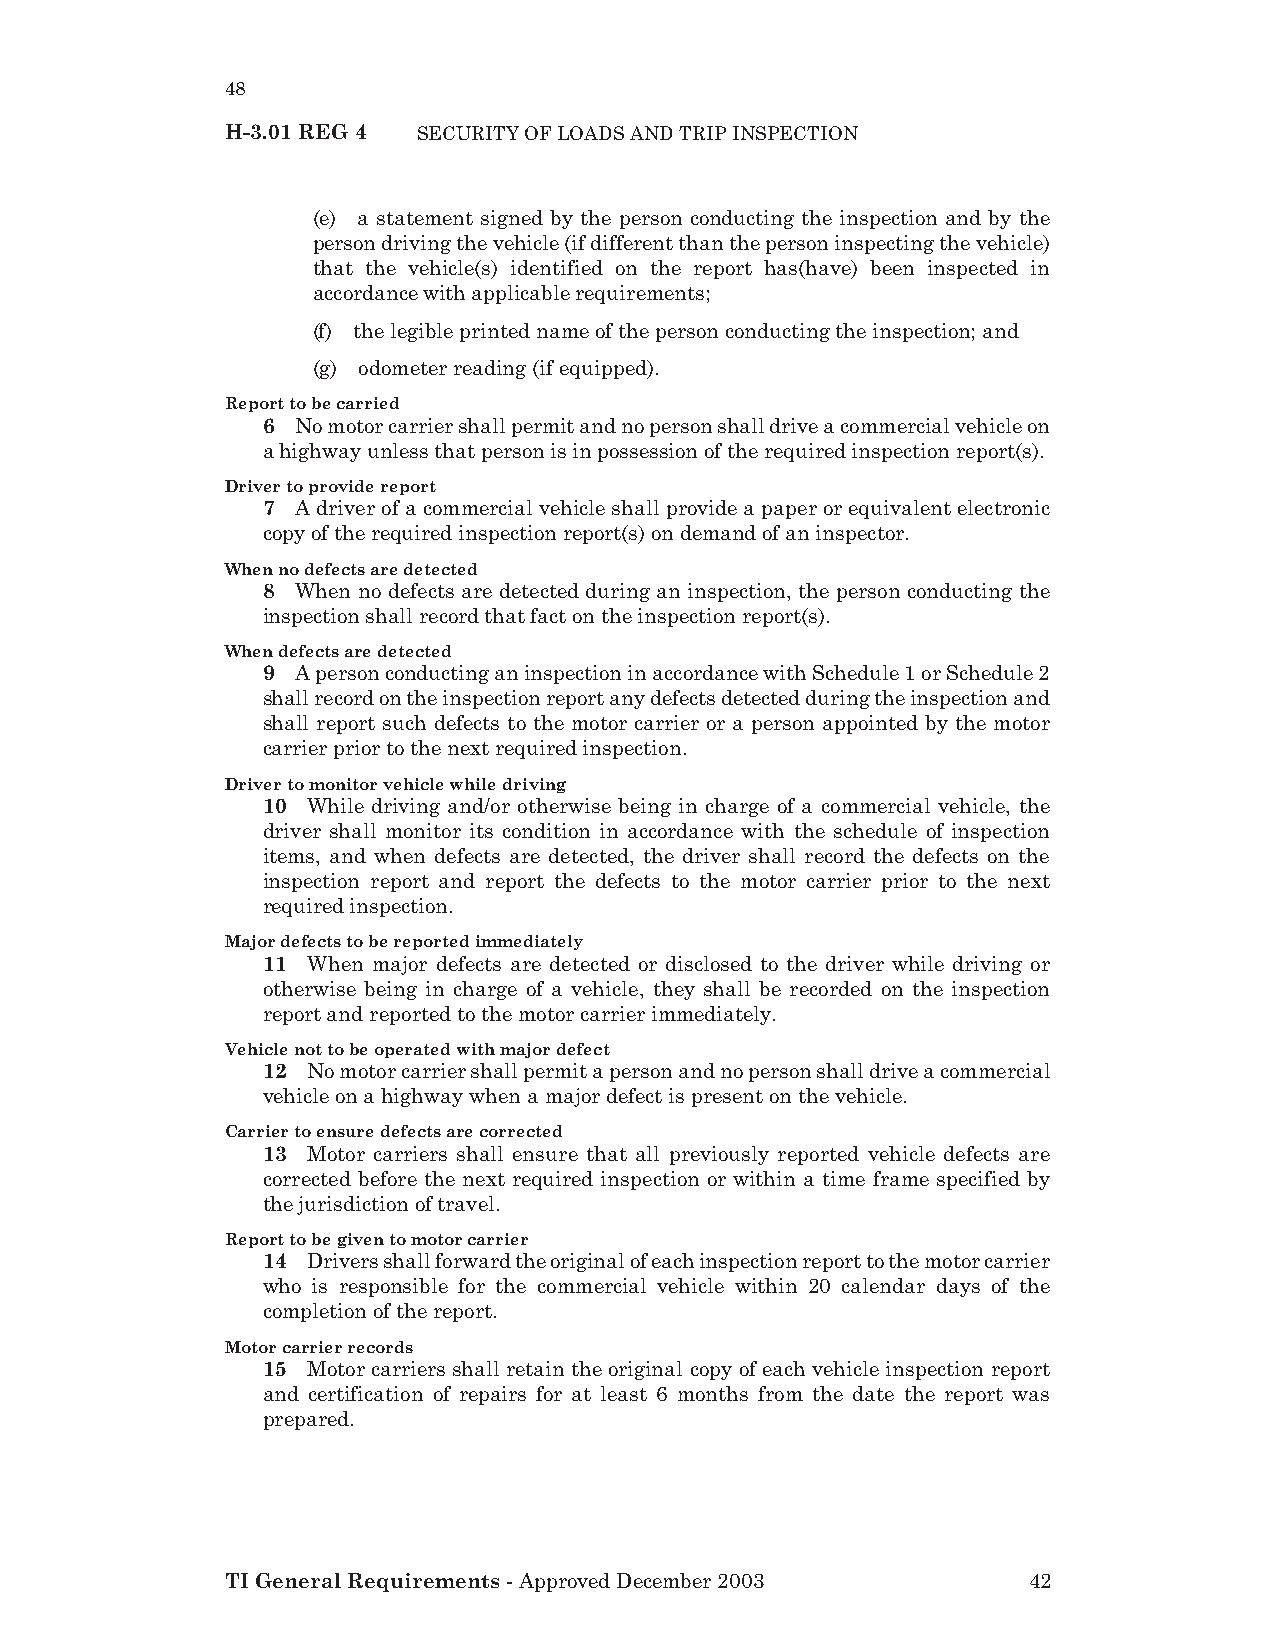
48
 H-3.01 REG 4 SECURITY OF LOADS AND TRIP INSPECTION
 (e) a statement signed by the person conducting the inspection and by the
 person driving the vehicle (if different than the person inspecting the vehicle)
 that the vehicle(s) identified on the report has(have) been inspected in
 accordance with applicable requirements;
 (f) the legible printed name of the person conducting the inspection; and
 (g) odometer reading (if equipped).
 Report to be carried
 6  No motor carrier shall permit and no person shall drive a commercial vehicle on
 a highway unless that person is in possession of the required inspection report(s).
 Driver to provide report
 7  A driver of a commercial vehicle shall provide a paper or equivalent electronic
 copy of the required inspection report(s) on demand of an inspector.
 When no defects are detected
 8  When no defects are detected during an inspection, the person conducting the
 inspection shall record that fact on the inspection report(s).
 When defects are detected
 9  A person conducting an inspection in accordance with Schedule 1 or Schedule 2
 shall record on the inspection report any defects detected during the inspection and
 shall report such defects to the motor carrier or a person appointed by the motor
 carrier prior to the next required inspection.
 Driver to monitor vehicle while driving
 10 While driving and/or otherwise being in charge of a commercial vehicle, the
 driver shall monitor its condition in accordance with the schedule of inspection
 items, and when defects are detected, the driver shall record the defects on the
 inspection report and report the defects to the motor carrier prior to the next
 required inspection.
 Major defects to be reported immediately
 11 When major defects are detected or disclosed to the driver while driving or
 otherwise being in charge of a vehicle, they shall be recorded on the inspection
 report and reported to the motor carrier immediately.
 Vehicle not to be operated with major defect
 12 No motor carrier shall permit a person and no person shall drive a commercial
 vehicle on a highway when a major defect is present on the vehicle.
 Carrier to ensure defects are corrected
 13 Motor carriers shall ensure that all previously reported vehicle defects are
 corrected before the next required inspection or within a time frame specified by
 the jurisdiction of travel.
 Report to be given to motor carrier
 14 Drivers shall forward the original of each inspection report to the motor carrier
 who is responsible for the commercial vehicle within 20 calendar days of the
 completion of the report.
 Motor carrier records
 15 Motor carriers shall retain the original copy of each vehicle inspection report
 and certification of repairs for at least 6 months from the date the report was
 prepared.
 TI General Requirements - Approved December 2003     42